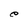
Character: e